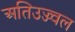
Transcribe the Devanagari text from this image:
अतिउज्ज्वल